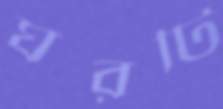
ঘরটি